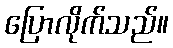
ပြောလိုက်သည်။